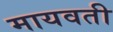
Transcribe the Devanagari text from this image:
मायवती